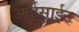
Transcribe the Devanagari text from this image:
आईसाईट